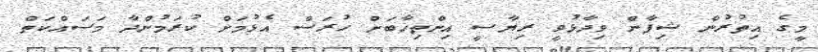
މީގެ އިތުރުން ޝިފާން ވިދާޅުވީ ރިޔާސީ އިންތިޚާބަށް ހުރަސް އެޅުމަށް ކުރަމުންދާ މަސައްކަތް